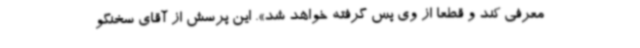
معرفی کند و قطعا از وی پس گرفته خواهد شد». این پرسش از آقای سخنگو